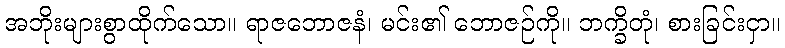
အဘိုးများစွာထိုက်သော။ ရာဇဘောဇနံ၊ မင်း၏ ဘောဇဉ်ကို။ ဘက္ခိတုံ၊ စားခြင်းငှာ။